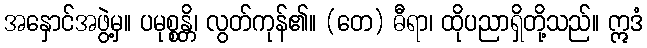
အနှောင်အဖွဲ့မှ။ ပမုစ္စန္တိ၊ လွတ်ကုန်၏။ (တေ) ဓီရာ၊ ထိုပညာရှိတို့သည်။ ဣဒံ